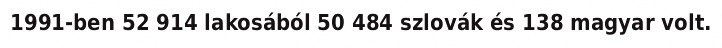
1991-ben 52 914 lakosából 50 484 szlovák és 138 magyar volt.